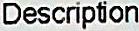
DESCRIPTION